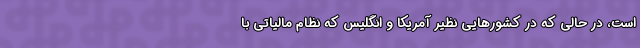
است، در حالی که در کشورهایی نظیر آمریکا و انگلیس که نظام مالیاتی با